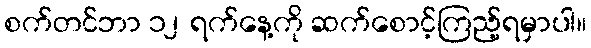
စက်တင်ဘာ ၁၂ ရက်နေ့ကို ဆက်စောင့်ကြည့်ရမှာပါ။